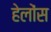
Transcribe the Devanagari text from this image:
हेलोंस